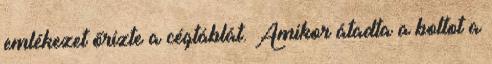
emlékezet őrizte a cégtáblát. Amikor átadta a boltot a